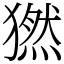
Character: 𤡮